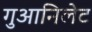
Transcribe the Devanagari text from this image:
गुआनिलेट